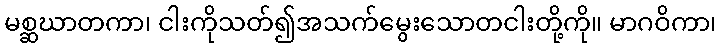
မစ္ဆဃာတကာ၊ ငါးကိုသတ်၍အသက်မွေးသောတငါးတို့ကို။ မာဂဝိကာ၊